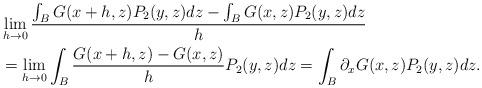
LaTeX: \begin{align*}&\lim\limits_{h \rightarrow 0} \frac{\int_B G(x + h,z)P_2(y,z)dz - \int_B G(x,z)P_2(y,z)dz}{h} \\ &= \lim\limits_{h \rightarrow 0} \int_B\frac{ G(x + h,z)- G(x,z)}{h}P_2(y,z)dz = \int_B \partial_x G(x,z)P_2(y,z)dz.\end{align*}